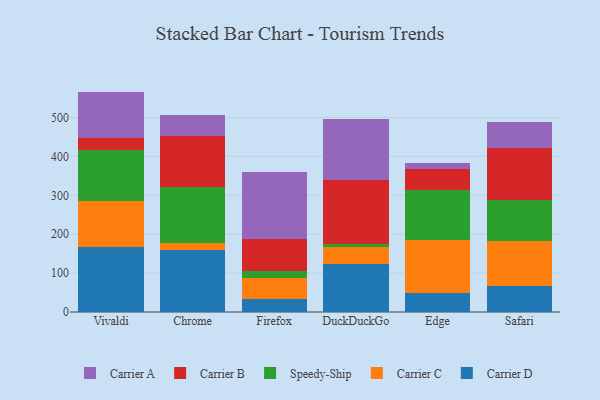
{"axis": {"x": "Browser", "y": "Budget (USD K)"}, "legend": ["Carrier A", "Carrier B", "Carrier C", "Carrier D", "Speedy-Ship"], "data": [{"x": "Vivaldi", "y": 166.1, "type": "Carrier D"}, {"x": "Vivaldi", "y": 119.3, "type": "Carrier C"}, {"x": "Vivaldi", "y": 129.8, "type": "Speedy-Ship"}, {"x": "Vivaldi", "y": 33.0, "type": "Carrier B"}, {"x": "Vivaldi", "y": 118.4, "type": "Carrier A"}, {"x": "Chrome", "y": 160.1, "type": "Carrier D"}, {"x": "Chrome", "y": 18.5, "type": "Carrier C"}, {"x": "Chrome", "y": 143.0, "type": "Speedy-Ship"}, {"x": "Chrome", "y": 131.0, "type": "Carrier B"}, {"x": "Chrome", "y": 53.9, "type": "Carrier A"}, {"x": "Firefox", "y": 32.5, "type": "Carrier D"}, {"x": "Firefox", "y": 56.2, "type": "Carrier C"}, {"x": "Firefox", "y": 17.3, "type": "Speedy-Ship"}, {"x": "Firefox", "y": 81.5, "type": "Carrier B"}, {"x": "Firefox", "y": 173.5, "type": "Carrier A"}, {"x": "DuckDuckGo", "y": 124.4, "type": "Carrier D"}, {"x": "DuckDuckGo", "y": 43.8, "type": "Carrier C"}, {"x": "DuckDuckGo", "y": 7.2, "type": "Speedy-Ship"}, {"x": "DuckDuckGo", "y": 164.8, "type": "Carrier B"}, {"x": "DuckDuckGo", "y": 157.2, "type": "Carrier A"}, {"x": "Edge", "y": 49.2, "type": "Carrier D"}, {"x": "Edge", "y": 134.7, "type": "Carrier C"}, {"x": "Edge", "y": 128.7, "type": "Speedy-Ship"}, {"x": "Edge", "y": 54.3, "type": "Carrier B"}, {"x": "Edge", "y": 15.2, "type": "Carrier A"}, {"x": "Safari", "y": 66.5, "type": "Carrier D"}, {"x": "Safari", "y": 116.9, "type": "Carrier C"}, {"x": "Safari", "y": 105.3, "type": "Speedy-Ship"}, {"x": "Safari", "y": 134.2, "type": "Carrier B"}, {"x": "Safari", "y": 66.7, "type": "Carrier A"}]}